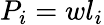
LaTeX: P_{i}=wl_{i}